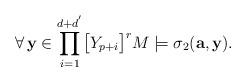
LaTeX: \begin{align*}\forall\,\mathbf{y}\in\displaystyle{\prod_{i=1}^{d+d^{'}}}\big{[}Y_{p+i}\big{]}^{r}M\models\sigma_2(\mathbf{a},\mathbf{y}).\end{align*}